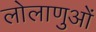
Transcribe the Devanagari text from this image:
लोलाणुओं